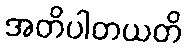
အတိပါတယတိ